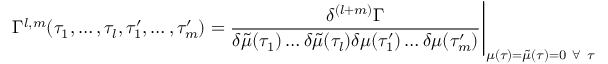
\Gamma ^ { l , m } ( \tau _ { 1 } , \dots , \tau _ { l } , \tau _ { 1 } ^ { \prime } , \dots , \tau _ { m } ^ { \prime } ) = \frac { \delta ^ { ( l + m ) } \Gamma } { \delta \tilde { \mu } ( \tau _ { 1 } ) \dots \delta \tilde { \mu } ( \tau _ { l } ) \delta { \mu } ( \tau _ { 1 } ^ { \prime } ) \dots \delta { \mu } ( \tau _ { m } ^ { \prime } ) } \Bigg | _ { \mu ( \tau ) = \tilde { \mu } ( \tau ) = 0 \mathrm { ~ } \forall \mathrm { ~ } \tau }